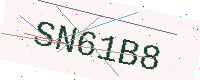
Text: SN61B8